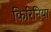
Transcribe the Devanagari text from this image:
किरिनिया